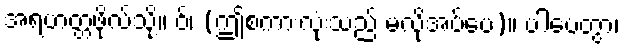
အရဟတ္တဖိုလ်သို့။ ဝ်၊ (ဤစကားလုံးသည် မလိုအပ်ပေ)။ ပါပေတွာ၊